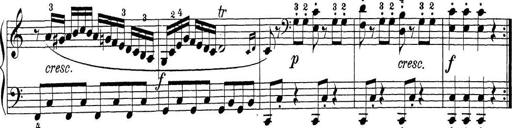
Title: Sonatina Album
Composer: Louis KÃ¶hler